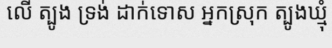
លើ ត្បូង ទ្រង់ ដាក់ទោស អ្នកស្រុក ត្បូងឃ្មុំ